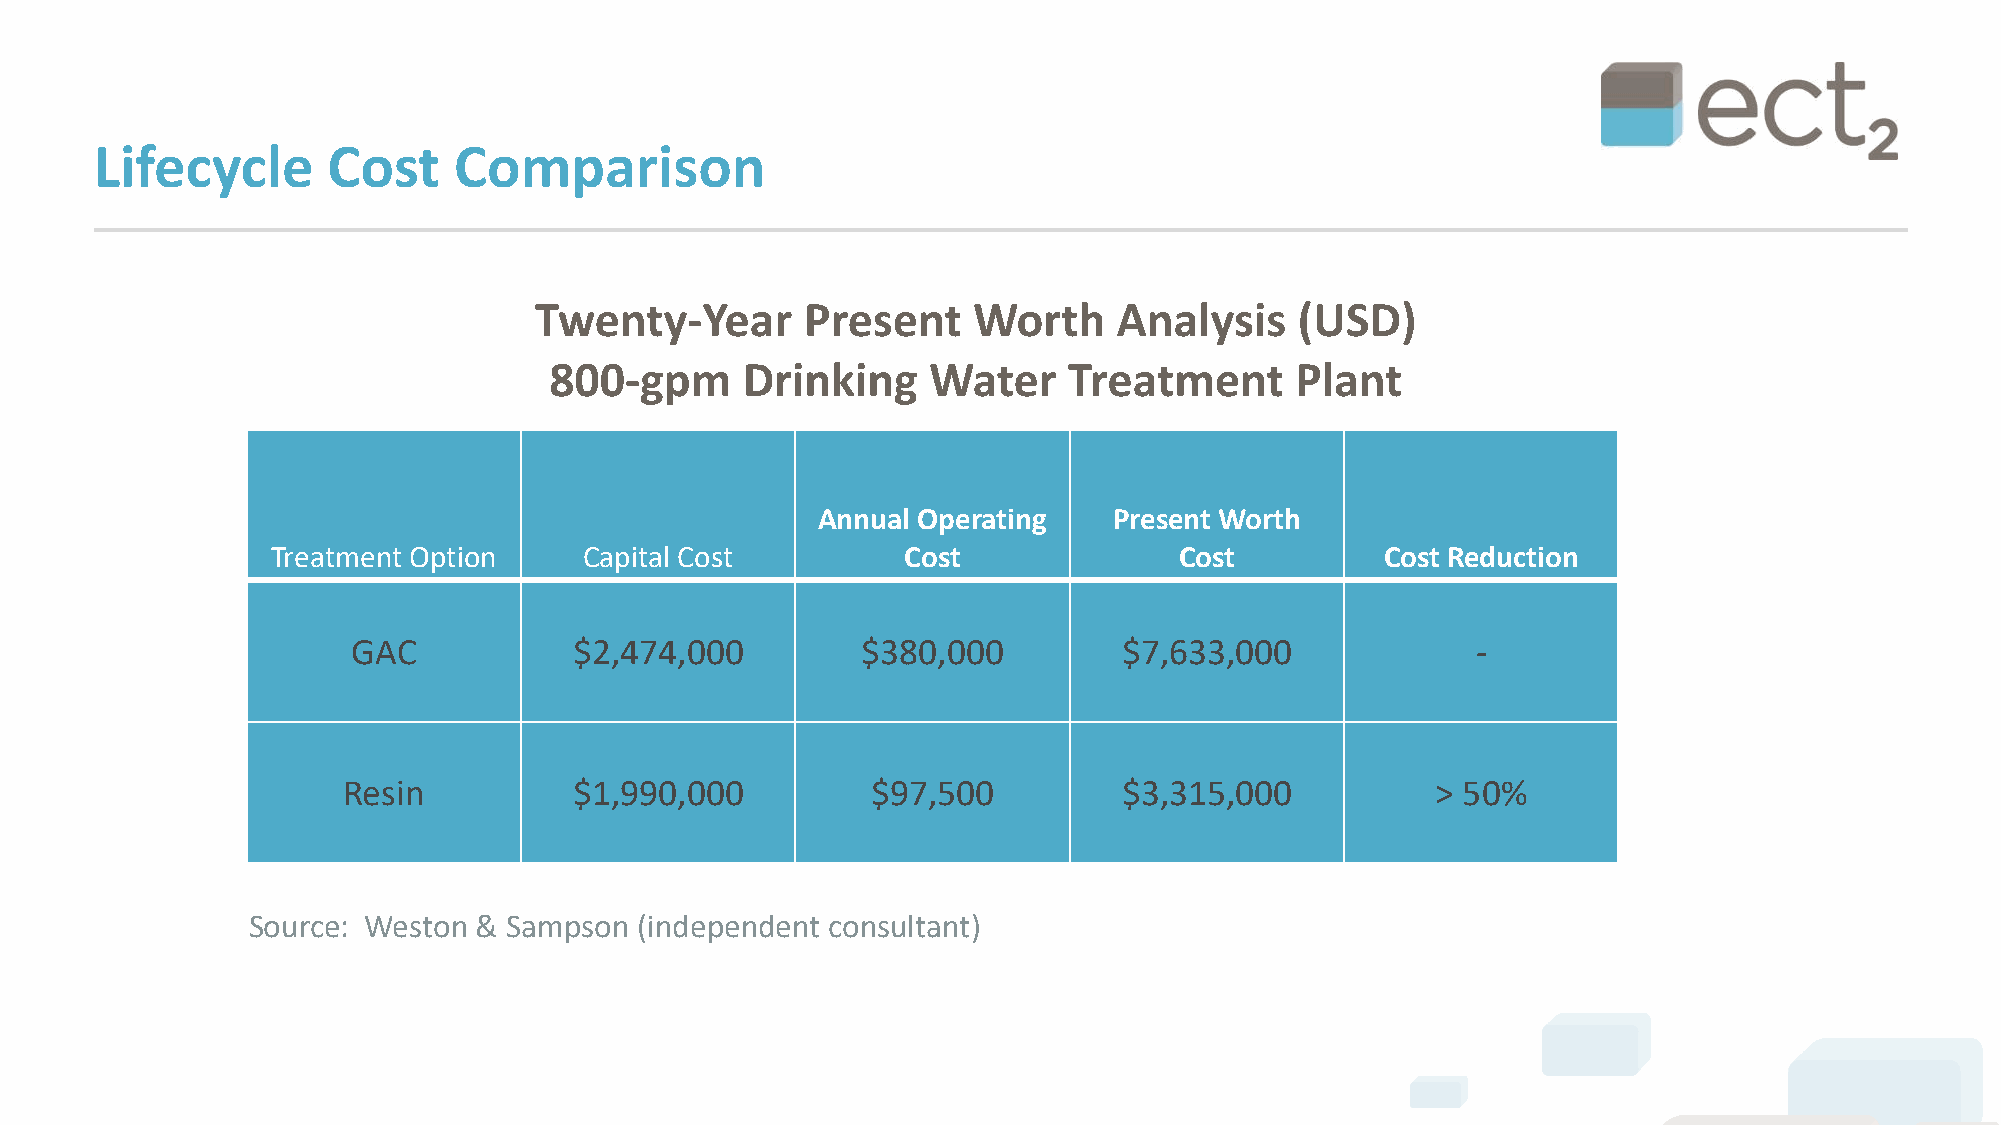
Lifecycle       Cost    Comparison
 Twenty-Year       Present    Worth     Analysis    (USD)
 800-gpm      Drinking    Water     Treatment      Plant
 Annual Operating    Present Worth
 Treatment Option     Capital Cost         Cost              Cost          Cost Reduction
 GAC            $2,474,000         $380,000         $7,633,000              -
 Resin          $1,990,000          $97,500         $3,315,000           > 50%
 Source: Weston  & Sampson (independent consultant)